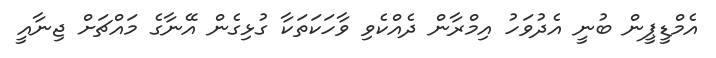
އެމްޑީޕީން ބުނީ އެދުވަހު އިމްރާން ދެއްކެވި ވާހަކަތަކާ ގުޅިގެން އޭނާގެ މައްޗަށް ޖިނާއީ